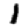
Digit: 1